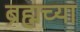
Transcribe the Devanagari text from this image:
ब्रह्मच्या